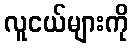
လူငယ်များကို